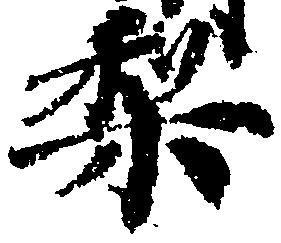
梨